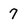
Character: 7